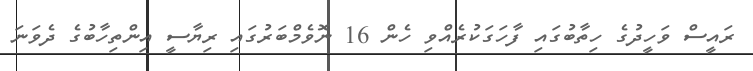
ރައީސް ވަހީދުގެ ހިތާބުގައި ފާހަގަކުރެއްވި ހެން 16 ނޮވެމްބަރުގައި ރިޔާސީ އިންތިހާބުގެ ދެވަނަ